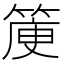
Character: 𥯯